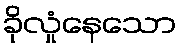
ခိုလှုံနေသော